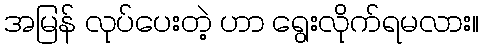
အမြန် လုပ်ပေးတဲ့ ဟာ ရွေးလိုက်ရမလား။